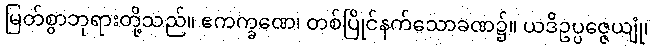
မြတ်စွာဘုရားတို့သည်။ ဧကက္ခဏေ၊ တစ်ပြိုင်နက်သောခဏ၌။ ယဒိဥပ္ပဇ္ဇေယျုံ၊